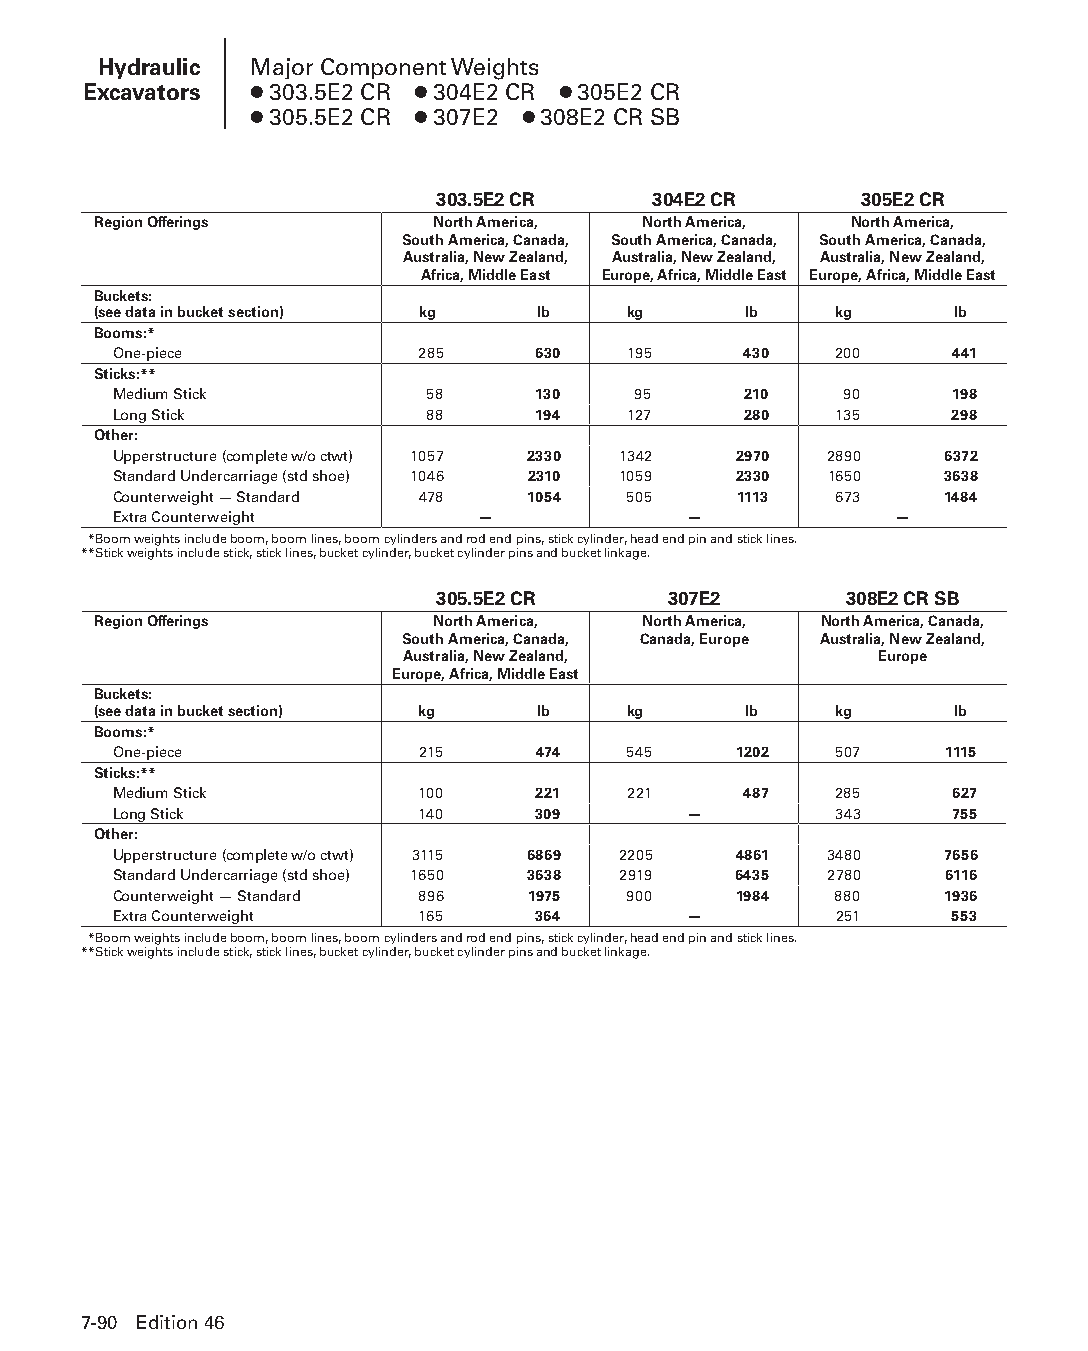
Hydraulic Major Component Weights
 Excavators ● 303.5E2 CR ● 304E2 CR ● 305E2 CR
 ● 305.5E2 CR ● 307E2 ● 308E2 CR SB
 303.5E2 CR     304E2 CR     305E2 CR
 Region Offerings      North America, North America, North America,
 South America, Canada, South America, Canada, South America, Canada,
 Australia, New Zealand, Australia, New Zealand, Australia, New Zealand,
 Africa, Middle East Europe, Africa, Middle East Europe, Africa, Middle East
 Buckets:
 (see data in bucket section) kg lb kg      lb    kg      lb
 Booms:*
 One-piece           285     630   195     430   200    441
 Sticks:**
 Medium Stick         58     130   95      210   90     198
 Long Stick           88     194   127     280   135    298
 Other:
 Upperstructure (complete w/o ctwt) 1057 2330 1342 2970 2890 6372
 Standard Undercarriage (std shoe) 1046 2310 1059 2330 1650 3638
 Counterweight — Standard 478 1054 505    1113   673    1484
 Extra Counterweight     —             —             —
 **Boom weights include boom, boom lines, boom cylinders and rod end pins, stick cylinder, head end pin and stick lines.
 **Stick weights include stick, stick lines, bucket cylinder, bucket cylinder pins and bucket linkage.
 305.5E2 CR      307E2      308E2 CR SB
 Region Offerings      North America, North America, North America, Canada,
 South America, Canada, Canada, Europe Australia, New Zealand,
 Australia, New Zealand,        Europe
 Europe, Africa, Middle East
 Buckets:
 (see data in bucket section) kg lb kg      lb    kg      lb
 Booms:*
 One-piece           215     474   545    1202   507    1115
 Sticks:**
 Medium Stick        100     221   221     487   285    627
 Long Stick          140     309       —         343    755
 Other:
 Upperstructure (complete w/o ctwt) 3115 6869 2205 4861 3480 7656
 Standard Undercarriage (std shoe) 1650 3638 2919 6435 2780 6116
 Counterweight — Standard 896 1975 900    1984   880    1936
 Extra Counterweight 165     364       —         251    553
 **Boom weights include boom, boom lines, boom cylinders and rod end pins, stick cylinder, head end pin and stick lines.
 **Stick weights include stick, stick lines, bucket cylinder, bucket cylinder pins and bucket linkage.
 7-90 Edition 46
 PPHHBB--SSeecc0077--HHyyddrraauulliiccEExxccaavvaattoorrss((ppgg008899--114400))..iinndddd 9900 1122//44//1155 1100::3355 AAMM